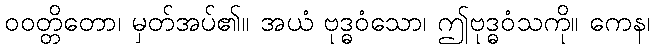
ဝဝတ္တိတော၊ မှတ်အပ်၏။ အယံ ဗုဒ္ဓဝံသော၊ ဤဗုဒ္ဓဝံသကို။ ကေန၊